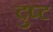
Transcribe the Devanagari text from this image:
दुष्‍ट